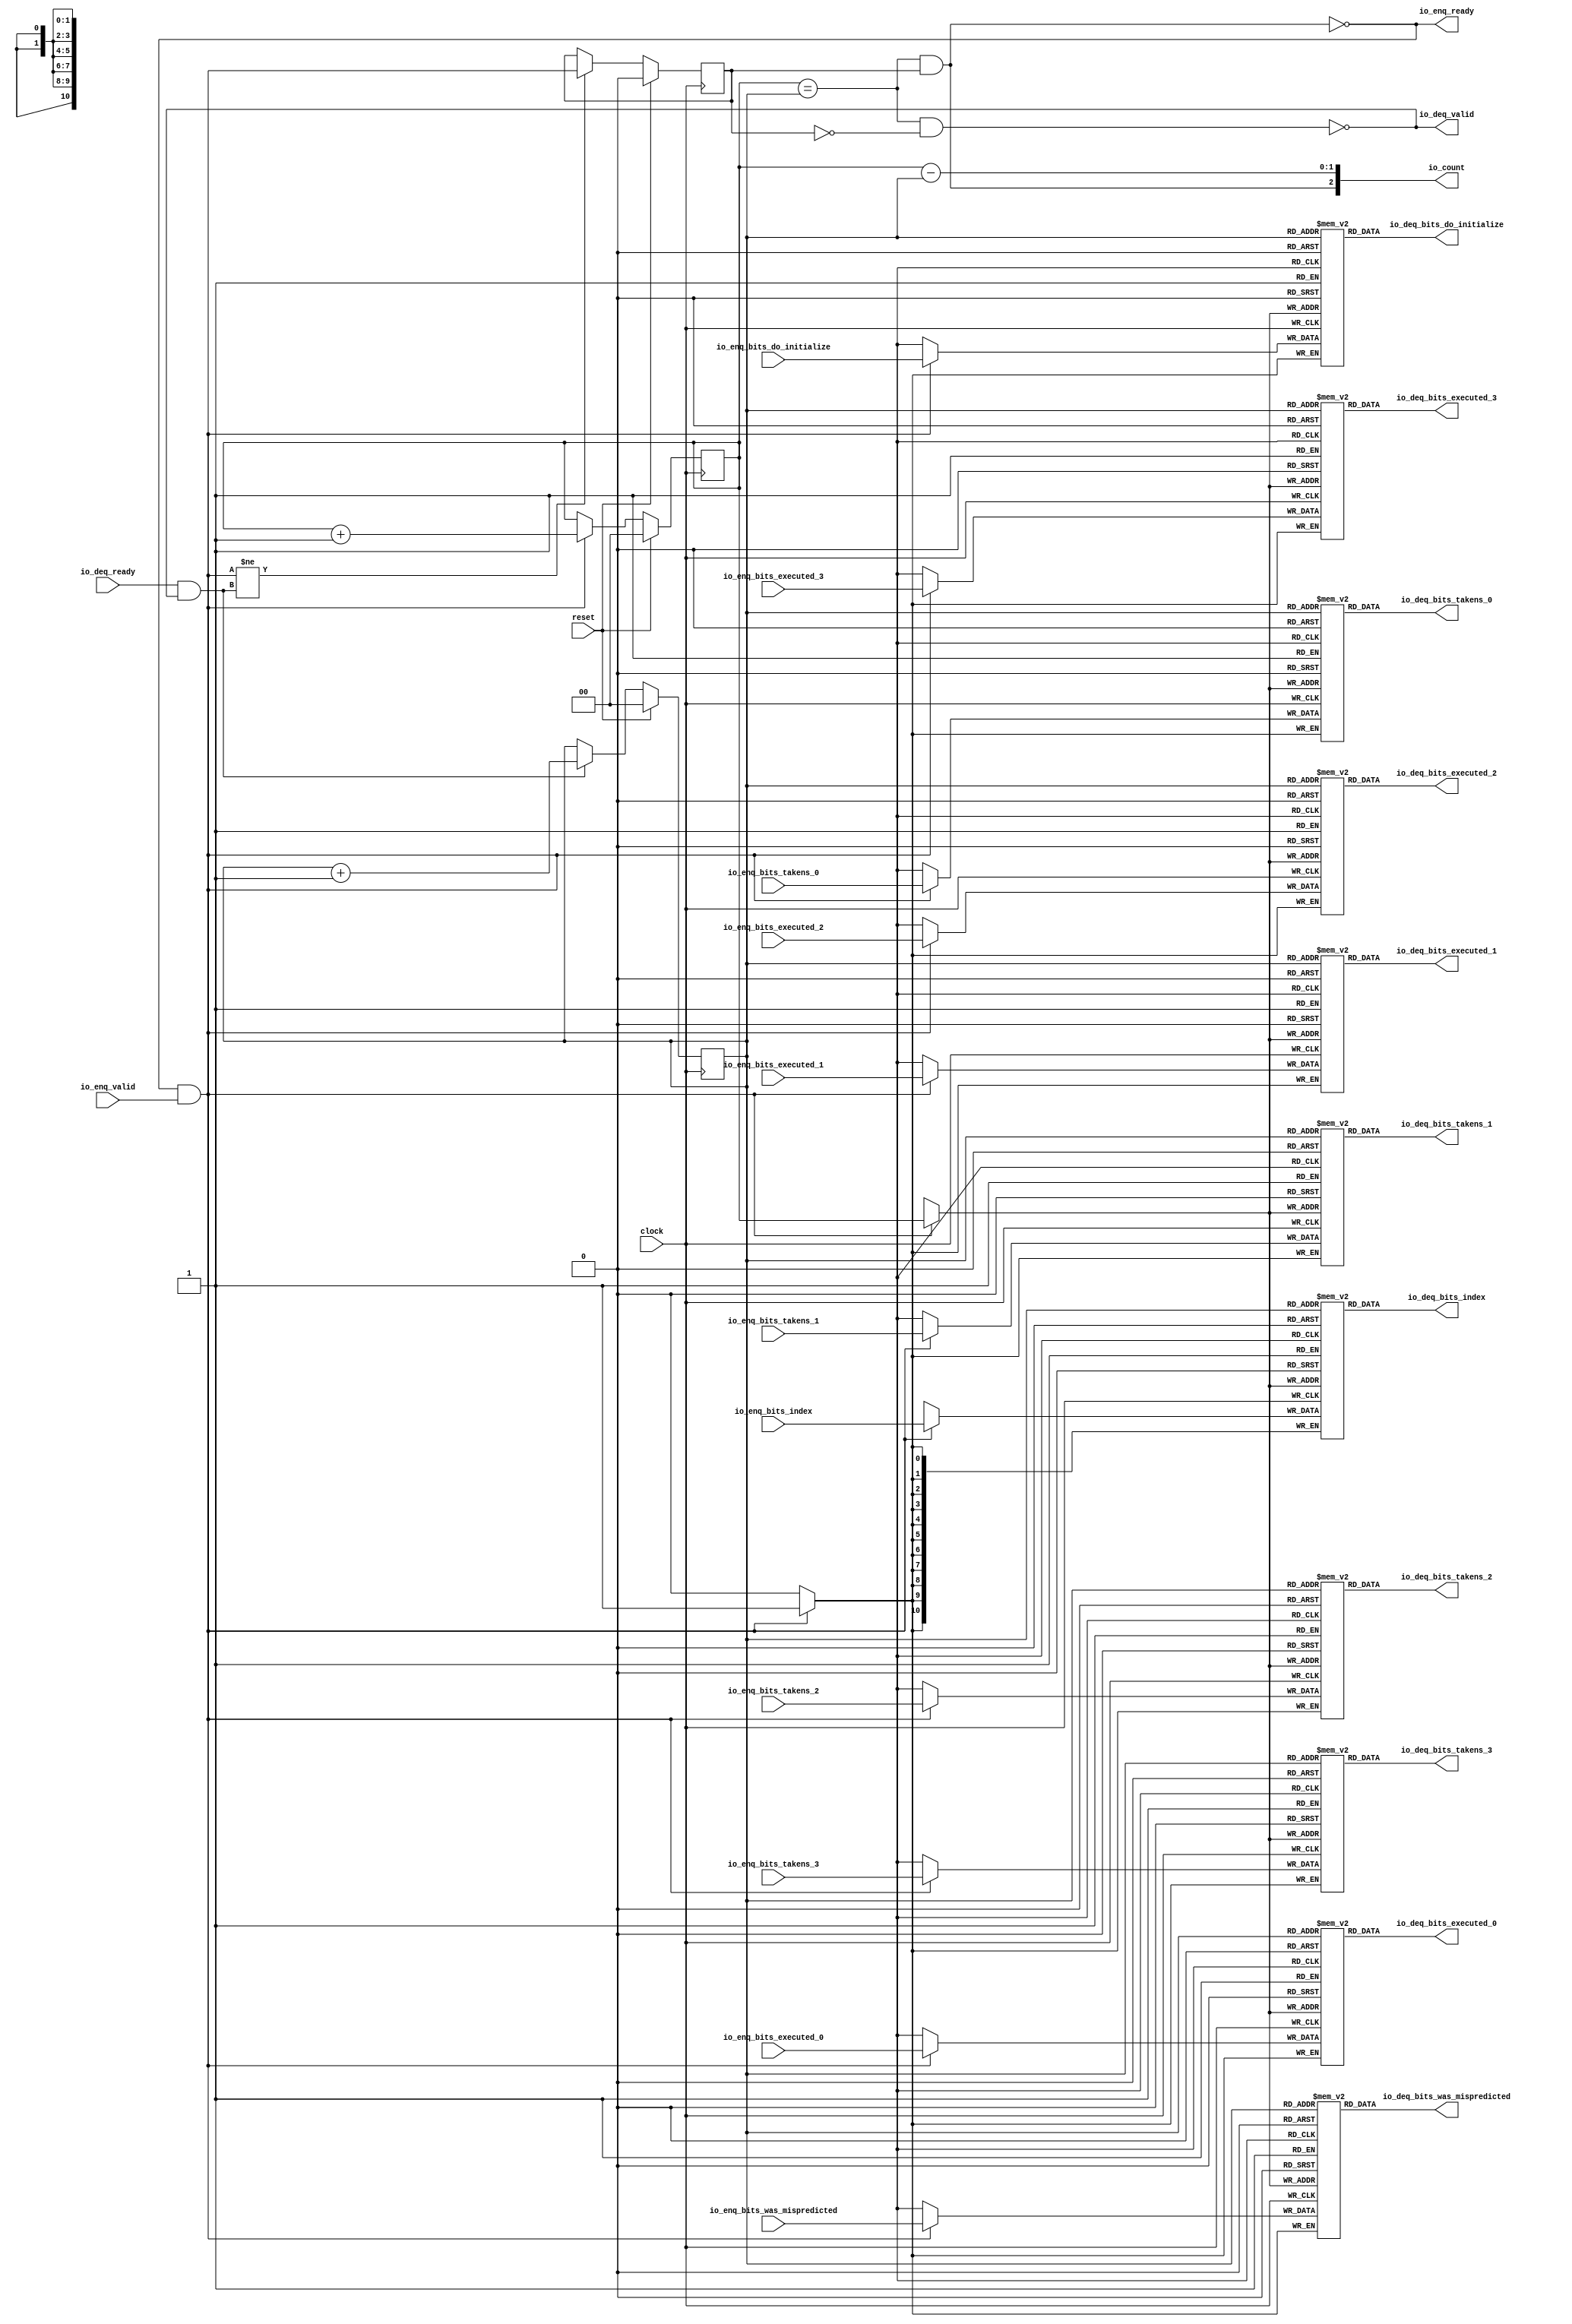
module Queue_40(
  input   clock,
  input   reset,
  output  io_enq_ready,
  input   io_enq_valid,
  input  [10:0] io_enq_bits_index,
  input   io_enq_bits_executed_0,
  input   io_enq_bits_executed_1,
  input   io_enq_bits_executed_2,
  input   io_enq_bits_executed_3,
  input   io_enq_bits_takens_0,
  input   io_enq_bits_takens_1,
  input   io_enq_bits_takens_2,
  input   io_enq_bits_takens_3,
  input   io_enq_bits_was_mispredicted,
  input   io_enq_bits_do_initialize,
  input   io_deq_ready,
  output  io_deq_valid,
  output [10:0] io_deq_bits_index,
  output  io_deq_bits_executed_0,
  output  io_deq_bits_executed_1,
  output  io_deq_bits_executed_2,
  output  io_deq_bits_executed_3,
  output  io_deq_bits_takens_0,
  output  io_deq_bits_takens_1,
  output  io_deq_bits_takens_2,
  output  io_deq_bits_takens_3,
  output  io_deq_bits_was_mispredicted,
  output  io_deq_bits_do_initialize,
  output [2:0] io_count
);
  reg [10:0] ram_index [0:3];
  reg [31:0] _GEN_0;
  wire [10:0] ram_index__T_126_data;
  wire [1:0] ram_index__T_126_addr;
  wire [10:0] ram_index__T_101_data;
  wire [1:0] ram_index__T_101_addr;
  wire  ram_index__T_101_mask;
  wire  ram_index__T_101_en;
  reg  ram_executed_0 [0:3];
  reg [31:0] _GEN_1;
  wire  ram_executed_0__T_126_data;
  wire [1:0] ram_executed_0__T_126_addr;
  wire  ram_executed_0__T_101_data;
  wire [1:0] ram_executed_0__T_101_addr;
  wire  ram_executed_0__T_101_mask;
  wire  ram_executed_0__T_101_en;
  reg  ram_executed_1 [0:3];
  reg [31:0] _GEN_2;
  wire  ram_executed_1__T_126_data;
  wire [1:0] ram_executed_1__T_126_addr;
  wire  ram_executed_1__T_101_data;
  wire [1:0] ram_executed_1__T_101_addr;
  wire  ram_executed_1__T_101_mask;
  wire  ram_executed_1__T_101_en;
  reg  ram_executed_2 [0:3];
  reg [31:0] _GEN_3;
  wire  ram_executed_2__T_126_data;
  wire [1:0] ram_executed_2__T_126_addr;
  wire  ram_executed_2__T_101_data;
  wire [1:0] ram_executed_2__T_101_addr;
  wire  ram_executed_2__T_101_mask;
  wire  ram_executed_2__T_101_en;
  reg  ram_executed_3 [0:3];
  reg [31:0] _GEN_4;
  wire  ram_executed_3__T_126_data;
  wire [1:0] ram_executed_3__T_126_addr;
  wire  ram_executed_3__T_101_data;
  wire [1:0] ram_executed_3__T_101_addr;
  wire  ram_executed_3__T_101_mask;
  wire  ram_executed_3__T_101_en;
  reg  ram_takens_0 [0:3];
  reg [31:0] _GEN_5;
  wire  ram_takens_0__T_126_data;
  wire [1:0] ram_takens_0__T_126_addr;
  wire  ram_takens_0__T_101_data;
  wire [1:0] ram_takens_0__T_101_addr;
  wire  ram_takens_0__T_101_mask;
  wire  ram_takens_0__T_101_en;
  reg  ram_takens_1 [0:3];
  reg [31:0] _GEN_6;
  wire  ram_takens_1__T_126_data;
  wire [1:0] ram_takens_1__T_126_addr;
  wire  ram_takens_1__T_101_data;
  wire [1:0] ram_takens_1__T_101_addr;
  wire  ram_takens_1__T_101_mask;
  wire  ram_takens_1__T_101_en;
  reg  ram_takens_2 [0:3];
  reg [31:0] _GEN_7;
  wire  ram_takens_2__T_126_data;
  wire [1:0] ram_takens_2__T_126_addr;
  wire  ram_takens_2__T_101_data;
  wire [1:0] ram_takens_2__T_101_addr;
  wire  ram_takens_2__T_101_mask;
  wire  ram_takens_2__T_101_en;
  reg  ram_takens_3 [0:3];
  reg [31:0] _GEN_8;
  wire  ram_takens_3__T_126_data;
  wire [1:0] ram_takens_3__T_126_addr;
  wire  ram_takens_3__T_101_data;
  wire [1:0] ram_takens_3__T_101_addr;
  wire  ram_takens_3__T_101_mask;
  wire  ram_takens_3__T_101_en;
  reg  ram_was_mispredicted [0:3];
  reg [31:0] _GEN_9;
  wire  ram_was_mispredicted__T_126_data;
  wire [1:0] ram_was_mispredicted__T_126_addr;
  wire  ram_was_mispredicted__T_101_data;
  wire [1:0] ram_was_mispredicted__T_101_addr;
  wire  ram_was_mispredicted__T_101_mask;
  wire  ram_was_mispredicted__T_101_en;
  reg  ram_do_initialize [0:3];
  reg [31:0] _GEN_10;
  wire  ram_do_initialize__T_126_data;
  wire [1:0] ram_do_initialize__T_126_addr;
  wire  ram_do_initialize__T_101_data;
  wire [1:0] ram_do_initialize__T_101_addr;
  wire  ram_do_initialize__T_101_mask;
  wire  ram_do_initialize__T_101_en;
  reg [1:0] _T_90;
  reg [31:0] _GEN_11;
  reg [1:0] _T_92;
  reg [31:0] _GEN_12;
  reg  maybe_full;
  reg [31:0] _GEN_13;
  wire  _T_94;
  wire  _T_96;
  wire  _T_97;
  wire  _T_98;
  wire  _T_99;
  wire  do_enq;
  wire  _T_100;
  wire  do_deq;
  wire [2:0] _T_114;
  wire [1:0] _T_115;
  wire [1:0] _GEN_14;
  wire [2:0] _T_119;
  wire [1:0] _T_120;
  wire [1:0] _GEN_15;
  wire  _T_121;
  wire  _GEN_16;
  wire  _T_123;
  wire  _T_125;
  wire [2:0] _T_136;
  wire [1:0] _T_137;
  wire  _T_138;
  wire [2:0] _T_139;
  assign io_enq_ready = _T_125;
  assign io_deq_valid = _T_123;
  assign io_deq_bits_index = ram_index__T_126_data;
  assign io_deq_bits_executed_0 = ram_executed_0__T_126_data;
  assign io_deq_bits_executed_1 = ram_executed_1__T_126_data;
  assign io_deq_bits_executed_2 = ram_executed_2__T_126_data;
  assign io_deq_bits_executed_3 = ram_executed_3__T_126_data;
  assign io_deq_bits_takens_0 = ram_takens_0__T_126_data;
  assign io_deq_bits_takens_1 = ram_takens_1__T_126_data;
  assign io_deq_bits_takens_2 = ram_takens_2__T_126_data;
  assign io_deq_bits_takens_3 = ram_takens_3__T_126_data;
  assign io_deq_bits_was_mispredicted = ram_was_mispredicted__T_126_data;
  assign io_deq_bits_do_initialize = ram_do_initialize__T_126_data;
  assign io_count = _T_139;
  assign ram_index__T_126_addr = _T_92;
  assign ram_index__T_126_data = ram_index[ram_index__T_126_addr];
  assign ram_index__T_101_data = io_enq_bits_index;
  assign ram_index__T_101_addr = _T_90;
  assign ram_index__T_101_mask = do_enq;
  assign ram_index__T_101_en = do_enq;
  assign ram_executed_0__T_126_addr = _T_92;
  assign ram_executed_0__T_126_data = ram_executed_0[ram_executed_0__T_126_addr];
  assign ram_executed_0__T_101_data = io_enq_bits_executed_0;
  assign ram_executed_0__T_101_addr = _T_90;
  assign ram_executed_0__T_101_mask = do_enq;
  assign ram_executed_0__T_101_en = do_enq;
  assign ram_executed_1__T_126_addr = _T_92;
  assign ram_executed_1__T_126_data = ram_executed_1[ram_executed_1__T_126_addr];
  assign ram_executed_1__T_101_data = io_enq_bits_executed_1;
  assign ram_executed_1__T_101_addr = _T_90;
  assign ram_executed_1__T_101_mask = do_enq;
  assign ram_executed_1__T_101_en = do_enq;
  assign ram_executed_2__T_126_addr = _T_92;
  assign ram_executed_2__T_126_data = ram_executed_2[ram_executed_2__T_126_addr];
  assign ram_executed_2__T_101_data = io_enq_bits_executed_2;
  assign ram_executed_2__T_101_addr = _T_90;
  assign ram_executed_2__T_101_mask = do_enq;
  assign ram_executed_2__T_101_en = do_enq;
  assign ram_executed_3__T_126_addr = _T_92;
  assign ram_executed_3__T_126_data = ram_executed_3[ram_executed_3__T_126_addr];
  assign ram_executed_3__T_101_data = io_enq_bits_executed_3;
  assign ram_executed_3__T_101_addr = _T_90;
  assign ram_executed_3__T_101_mask = do_enq;
  assign ram_executed_3__T_101_en = do_enq;
  assign ram_takens_0__T_126_addr = _T_92;
  assign ram_takens_0__T_126_data = ram_takens_0[ram_takens_0__T_126_addr];
  assign ram_takens_0__T_101_data = io_enq_bits_takens_0;
  assign ram_takens_0__T_101_addr = _T_90;
  assign ram_takens_0__T_101_mask = do_enq;
  assign ram_takens_0__T_101_en = do_enq;
  assign ram_takens_1__T_126_addr = _T_92;
  assign ram_takens_1__T_126_data = ram_takens_1[ram_takens_1__T_126_addr];
  assign ram_takens_1__T_101_data = io_enq_bits_takens_1;
  assign ram_takens_1__T_101_addr = _T_90;
  assign ram_takens_1__T_101_mask = do_enq;
  assign ram_takens_1__T_101_en = do_enq;
  assign ram_takens_2__T_126_addr = _T_92;
  assign ram_takens_2__T_126_data = ram_takens_2[ram_takens_2__T_126_addr];
  assign ram_takens_2__T_101_data = io_enq_bits_takens_2;
  assign ram_takens_2__T_101_addr = _T_90;
  assign ram_takens_2__T_101_mask = do_enq;
  assign ram_takens_2__T_101_en = do_enq;
  assign ram_takens_3__T_126_addr = _T_92;
  assign ram_takens_3__T_126_data = ram_takens_3[ram_takens_3__T_126_addr];
  assign ram_takens_3__T_101_data = io_enq_bits_takens_3;
  assign ram_takens_3__T_101_addr = _T_90;
  assign ram_takens_3__T_101_mask = do_enq;
  assign ram_takens_3__T_101_en = do_enq;
  assign ram_was_mispredicted__T_126_addr = _T_92;
  assign ram_was_mispredicted__T_126_data = ram_was_mispredicted[ram_was_mispredicted__T_126_addr];
  assign ram_was_mispredicted__T_101_data = io_enq_bits_was_mispredicted;
  assign ram_was_mispredicted__T_101_addr = _T_90;
  assign ram_was_mispredicted__T_101_mask = do_enq;
  assign ram_was_mispredicted__T_101_en = do_enq;
  assign ram_do_initialize__T_126_addr = _T_92;
  assign ram_do_initialize__T_126_data = ram_do_initialize[ram_do_initialize__T_126_addr];
  assign ram_do_initialize__T_101_data = io_enq_bits_do_initialize;
  assign ram_do_initialize__T_101_addr = _T_90;
  assign ram_do_initialize__T_101_mask = do_enq;
  assign ram_do_initialize__T_101_en = do_enq;
  assign _T_94 = _T_90 == _T_92;
  assign _T_96 = maybe_full == 1'h0;
  assign _T_97 = _T_94 & _T_96;
  assign _T_98 = _T_94 & maybe_full;
  assign _T_99 = io_enq_ready & io_enq_valid;
  assign do_enq = _T_99;
  assign _T_100 = io_deq_ready & io_deq_valid;
  assign do_deq = _T_100;
  assign _T_114 = _T_90 + 2'h1;
  assign _T_115 = _T_114[1:0];
  assign _GEN_14 = do_enq ? _T_115 : _T_90;
  assign _T_119 = _T_92 + 2'h1;
  assign _T_120 = _T_119[1:0];
  assign _GEN_15 = do_deq ? _T_120 : _T_92;
  assign _T_121 = do_enq != do_deq;
  assign _GEN_16 = _T_121 ? do_enq : maybe_full;
  assign _T_123 = _T_97 == 1'h0;
  assign _T_125 = _T_98 == 1'h0;
  assign _T_136 = _T_90 - _T_92;
  assign _T_137 = _T_136[1:0];
  assign _T_138 = maybe_full & _T_94;
  assign _T_139 = {_T_138,_T_137};
`ifdef RANDOMIZE
  integer initvar;
  initial begin
    `ifndef verilator
      #0.002 begin end
    `endif
  _GEN_0 = {1{$random}};
  `ifdef RANDOMIZE_MEM_INIT
  for (initvar = 0; initvar < 4; initvar = initvar+1)
    ram_index[initvar] = _GEN_0[10:0];
  `endif
  _GEN_1 = {1{$random}};
  `ifdef RANDOMIZE_MEM_INIT
  for (initvar = 0; initvar < 4; initvar = initvar+1)
    ram_executed_0[initvar] = _GEN_1[0:0];
  `endif
  _GEN_2 = {1{$random}};
  `ifdef RANDOMIZE_MEM_INIT
  for (initvar = 0; initvar < 4; initvar = initvar+1)
    ram_executed_1[initvar] = _GEN_2[0:0];
  `endif
  _GEN_3 = {1{$random}};
  `ifdef RANDOMIZE_MEM_INIT
  for (initvar = 0; initvar < 4; initvar = initvar+1)
    ram_executed_2[initvar] = _GEN_3[0:0];
  `endif
  _GEN_4 = {1{$random}};
  `ifdef RANDOMIZE_MEM_INIT
  for (initvar = 0; initvar < 4; initvar = initvar+1)
    ram_executed_3[initvar] = _GEN_4[0:0];
  `endif
  _GEN_5 = {1{$random}};
  `ifdef RANDOMIZE_MEM_INIT
  for (initvar = 0; initvar < 4; initvar = initvar+1)
    ram_takens_0[initvar] = _GEN_5[0:0];
  `endif
  _GEN_6 = {1{$random}};
  `ifdef RANDOMIZE_MEM_INIT
  for (initvar = 0; initvar < 4; initvar = initvar+1)
    ram_takens_1[initvar] = _GEN_6[0:0];
  `endif
  _GEN_7 = {1{$random}};
  `ifdef RANDOMIZE_MEM_INIT
  for (initvar = 0; initvar < 4; initvar = initvar+1)
    ram_takens_2[initvar] = _GEN_7[0:0];
  `endif
  _GEN_8 = {1{$random}};
  `ifdef RANDOMIZE_MEM_INIT
  for (initvar = 0; initvar < 4; initvar = initvar+1)
    ram_takens_3[initvar] = _GEN_8[0:0];
  `endif
  _GEN_9 = {1{$random}};
  `ifdef RANDOMIZE_MEM_INIT
  for (initvar = 0; initvar < 4; initvar = initvar+1)
    ram_was_mispredicted[initvar] = _GEN_9[0:0];
  `endif
  _GEN_10 = {1{$random}};
  `ifdef RANDOMIZE_MEM_INIT
  for (initvar = 0; initvar < 4; initvar = initvar+1)
    ram_do_initialize[initvar] = _GEN_10[0:0];
  `endif
  `ifdef RANDOMIZE_REG_INIT
  _GEN_11 = {1{$random}};
  _T_90 = _GEN_11[1:0];
  `endif
  `ifdef RANDOMIZE_REG_INIT
  _GEN_12 = {1{$random}};
  _T_92 = _GEN_12[1:0];
  `endif
  `ifdef RANDOMIZE_REG_INIT
  _GEN_13 = {1{$random}};
  maybe_full = _GEN_13[0:0];
  `endif
  end
`endif
  always @(posedge clock) begin
    if(ram_index__T_101_en & ram_index__T_101_mask) begin
      ram_index[ram_index__T_101_addr] <= ram_index__T_101_data;
    end
    if(ram_executed_0__T_101_en & ram_executed_0__T_101_mask) begin
      ram_executed_0[ram_executed_0__T_101_addr] <= ram_executed_0__T_101_data;
    end
    if(ram_executed_1__T_101_en & ram_executed_1__T_101_mask) begin
      ram_executed_1[ram_executed_1__T_101_addr] <= ram_executed_1__T_101_data;
    end
    if(ram_executed_2__T_101_en & ram_executed_2__T_101_mask) begin
      ram_executed_2[ram_executed_2__T_101_addr] <= ram_executed_2__T_101_data;
    end
    if(ram_executed_3__T_101_en & ram_executed_3__T_101_mask) begin
      ram_executed_3[ram_executed_3__T_101_addr] <= ram_executed_3__T_101_data;
    end
    if(ram_takens_0__T_101_en & ram_takens_0__T_101_mask) begin
      ram_takens_0[ram_takens_0__T_101_addr] <= ram_takens_0__T_101_data;
    end
    if(ram_takens_1__T_101_en & ram_takens_1__T_101_mask) begin
      ram_takens_1[ram_takens_1__T_101_addr] <= ram_takens_1__T_101_data;
    end
    if(ram_takens_2__T_101_en & ram_takens_2__T_101_mask) begin
      ram_takens_2[ram_takens_2__T_101_addr] <= ram_takens_2__T_101_data;
    end
    if(ram_takens_3__T_101_en & ram_takens_3__T_101_mask) begin
      ram_takens_3[ram_takens_3__T_101_addr] <= ram_takens_3__T_101_data;
    end
    if(ram_was_mispredicted__T_101_en & ram_was_mispredicted__T_101_mask) begin
      ram_was_mispredicted[ram_was_mispredicted__T_101_addr] <= ram_was_mispredicted__T_101_data;
    end
    if(ram_do_initialize__T_101_en & ram_do_initialize__T_101_mask) begin
      ram_do_initialize[ram_do_initialize__T_101_addr] <= ram_do_initialize__T_101_data;
    end
    if (reset) begin
      _T_90 <= 2'h0;
    end else begin
      if (do_enq) begin
        _T_90 <= _T_115;
      end
    end
    if (reset) begin
      _T_92 <= 2'h0;
    end else begin
      if (do_deq) begin
        _T_92 <= _T_120;
      end
    end
    if (reset) begin
      maybe_full <= 1'h0;
    end else begin
      if (_T_121) begin
        maybe_full <= do_enq;
      end
    end
  end
endmodule